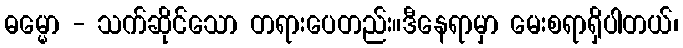
ဓမ္မော - သက်ဆိုင်သော တရားပေတည်း။ဒီနေရာမှာ မေးစရာရှိပါတယ်၊